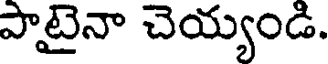
పాటైనా చెయ్యండి.